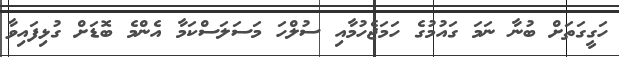
ހަގީގަތަށް ބުނާ ނަމަ ގައުމުގެ ހަމަޖެހުމާއި ސުލްހަ މަސަލަސްކަމާ އެންމެ ބޮޑަށް ގުޅިފައިވާ